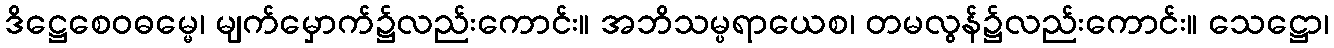
ဒိဋ္ဌေစေဝဓမ္မေ၊ မျက်မှောက်၌လည်းကောင်း။ အဘိသမ္ပရာယေစ၊ တမလွန်၌လည်းကောင်း။ သေဋ္ဌော၊